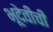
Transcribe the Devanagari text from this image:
भूदेवीची